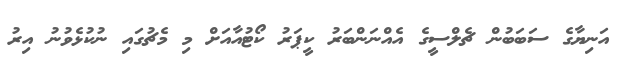
އަނިޔާގެ ސަބަބުން ޗެލްސީގެ އެއްނަންބަރު ކީޕަރު ކޯޓުއާއަށް މި މެޗުގައި ނުކުޅެވުނު އިރު